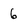
Character: 6